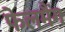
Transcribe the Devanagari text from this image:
फेलमैंग